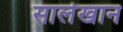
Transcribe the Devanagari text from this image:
सालेखान